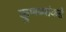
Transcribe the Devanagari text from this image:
कुणब्यांकडे